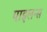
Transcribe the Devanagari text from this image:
पाइलन्स